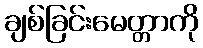
ချစ်ခြင်းမေတ္တာကို